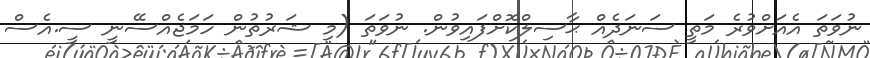
ނުވަތަ އެއަށްވުރެ މަތީ ސަނަދެއް ޙާސިލްކޮށްފައިވުން. ނުވަތަ (މި ޝަރުތުން ހަމަޖެއްސޭނީ ސީ.އެސް